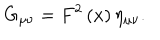
G _ { \mu \nu } = F ^ { 2 } \left( x \right) \eta _ { \mu \nu } .